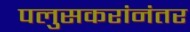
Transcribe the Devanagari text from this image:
पलुसकरांनंतर